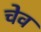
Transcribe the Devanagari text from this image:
चेव